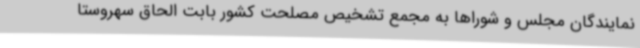
نمایندگان مجلس و شوراها به مجمع تشخیص مصلحت کشور بابت الحاق سهروستا